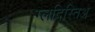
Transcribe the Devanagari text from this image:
ग्लदिस्तिअ